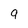
Character: 9